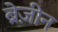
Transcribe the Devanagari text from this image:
ब्रेज़ीन